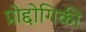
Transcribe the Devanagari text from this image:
प्रोद्दोगिकी